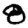
Digit: 8